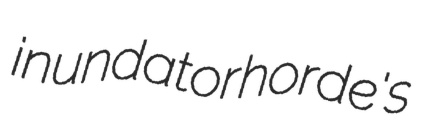
inundator horde's